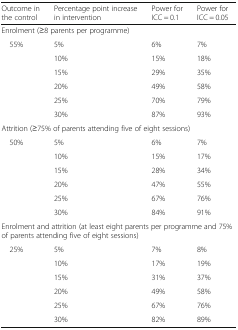
<table><thead><tr><td><b>Outcome in the control</b></td><td><b>Percentage point increase in intervention</b></td><td><b>Power for ICC = 0.1</b></td><td><b>Power for ICC = 0.05</b></td></tr></thead><tbody><tr><td colspan="4">Enrolment (≥8 parents per programme)</td></tr><tr><td rowspan="6"> 55%</td><td>5%</td><td>6%</td><td>7%</td></tr><tr><td>10%</td><td>15%</td><td>18%</td></tr><tr><td>15%</td><td>29%</td><td>35%</td></tr><tr><td>20%</td><td>49%</td><td>58%</td></tr><tr><td>25%</td><td>70%</td><td>79%</td></tr><tr><td>30%</td><td>87%</td><td>93%</td></tr><tr><td colspan="4">Attrition (≥75% of parents attending five of eight sessions)</td></tr><tr><td rowspan="6"> 50%</td><td>5%</td><td>6%</td><td>7%</td></tr><tr><td>10%</td><td>15%</td><td>17%</td></tr><tr><td>15%</td><td>28%</td><td>34%</td></tr><tr><td>20%</td><td>47%</td><td>55%</td></tr><tr><td>25%</td><td>67%</td><td>76%</td></tr><tr><td>30%</td><td>84%</td><td>91%</td></tr><tr><td colspan="4">Enrolment and attrition (at least eight parents per programme and 75% of parents attending five of eight sessions)</td></tr><tr><td rowspan="6"> 25%</td><td>5%</td><td>7%</td><td>8%</td></tr><tr><td>10%</td><td>17%</td><td>19%</td></tr><tr><td>15%</td><td>31%</td><td>37%</td></tr><tr><td>20%</td><td>49%</td><td>58%</td></tr><tr><td>25%</td><td>67%</td><td>76%</td></tr><tr><td>30%</td><td>82%</td><td>89%</td></tr></tbody></table>